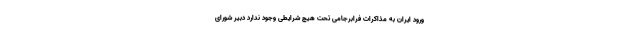
ورود ایران به مذاکرات فرابرجامی تحت هیچ شرایطی وجود ندارد دبیر شورای